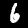
Label: 6